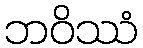
ဘဝိဿံ